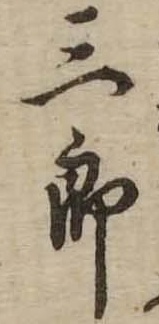
三郎